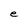
Character: e